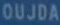
OUJDA